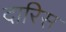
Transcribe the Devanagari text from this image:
दारिस